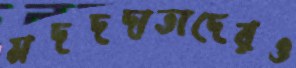
মদদদাতাদেরও